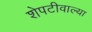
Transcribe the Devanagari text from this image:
शेपटीवाल्या